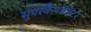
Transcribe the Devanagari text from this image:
सुपरकैपासिटर